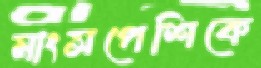
মাংসপেশিকে